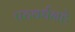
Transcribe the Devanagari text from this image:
पटवर्धनहे